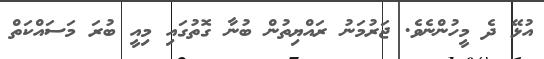
އުޅޭ ދެ މީހުންނެވެ. ޖަރުމަނު ރައްޔިތުން ބުނާ ގޮތުގައި މިއީ ބުރަ މަސައްކަތް